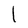
Character: l